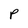
Character: P